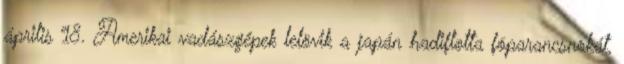
április 18. Amerikai vadászgépek lelövik a japán hadiflotta fõparancsnokát,